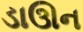
ડાઊન